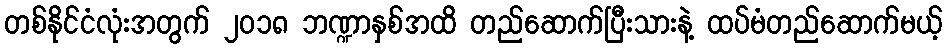
တစ်နိုင်ငံလုံးအတွက် ၂၀၁၈ ဘဏ္ဍာနှစ်အထိ တည်ဆောက်ပြီးသားနဲ့ ထပ်မံတည်ဆောက်မယ့်